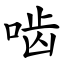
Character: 啮